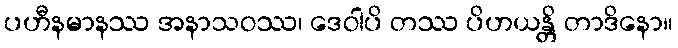
ပဟီနမာနဿ အနာသဝဿ၊ ဒေဝါပိ တဿ ပိဟယန္တိ တာဒိနော။